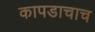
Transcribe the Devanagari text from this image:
कापडाचाच